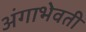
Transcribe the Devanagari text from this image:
अंगाभेवती